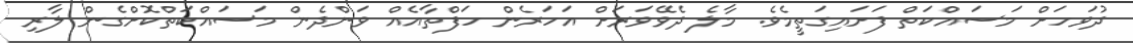
ދުވަހަށް މަސައްކަތް ފަށައިގަތީމެވެ. މާލެ ދެވޭވަރަށް އަހަރެން ހަފްތާއެއް ވަންދެން މަސައްކަތްކޮށްގެން ލާރި